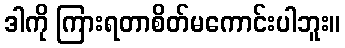
ဒါကို ကြားရတာစိတ်မကောင်းပါဘူး။